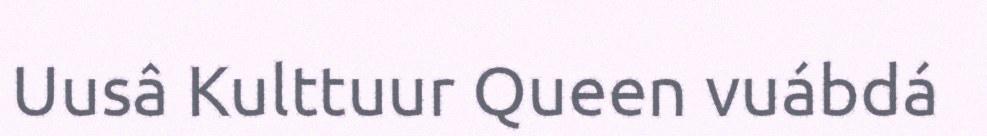
Uusâ Kulttuur Queen vuábdá